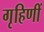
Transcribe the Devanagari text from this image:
गृहिणीं